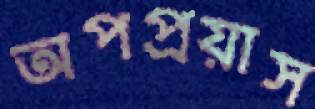
অপপ্রয়াস